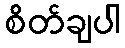
စိတ်ချပါ